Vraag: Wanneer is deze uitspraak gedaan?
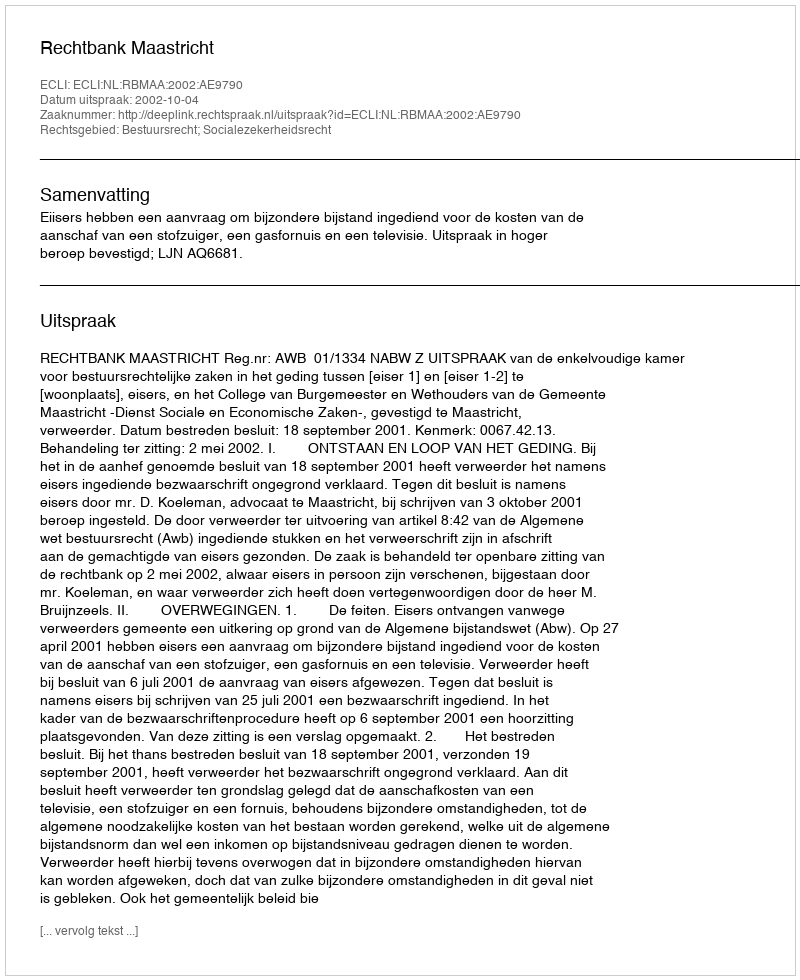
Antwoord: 2002-10-04